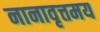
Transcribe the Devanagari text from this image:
नानावृत्तमय